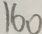
1 6 0